Annual statistical returns and brief notes on vaccination in Bengal - 1896-1909
Year: 1896
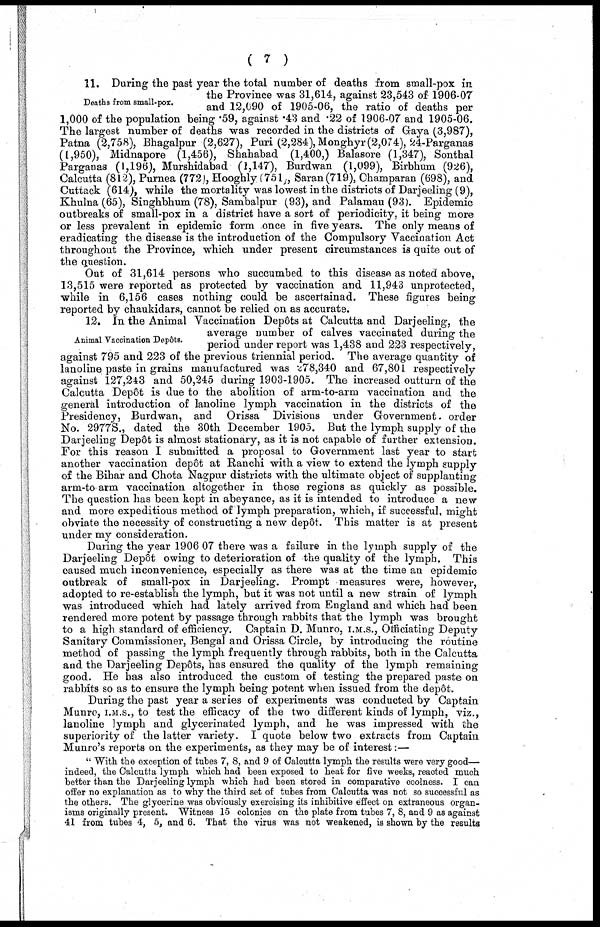
( 7 )
Deaths from small-pox.
11. During the past year the total number of deaths from small-pox in
the Province was 31,614, against 23,543 of 1906-07
and 12,090 of 1905-06, the ratio of deaths per
1,000 of the population being .59, against .43 and .22 of 1906-07 and 1905-06.
The largest number of deaths was recorded in the districts of Gaya (3,987),
Patna (2,758), Bhagalpur (2,627), Puri (2,284), Monghyr (2,074), 24-Parganas
(1,950), Midnapore (1,456), Shahabad (1,400,) Balasore (1,347), Sonthal
Parganas (1,196), Murshidabad (1,147), Burdwan (1,099), Birbhum (926),
Calcutta (812), Purnea (772), Hooghly (751), Saran(719), Champaran (698), and
Cuttack (614), while the mortality was lowest in the districts of Darjeeling (9),
Khulna (65), Singhbhum (78), Sambalpur (93), and Palamau (93). Epidemic
outbreaks of small-pox in a district have a sort of periodicity, it being more
or less prevalent in epidemic form once in five years. The only means of
eradicating the disease is the introduction of the Compulsory Vaccination Act
throughout the Province, which under present circumstances is quite out of
the question.
Out of 31,614 persons who succumbed to this disease as noted above,
13,515 were reported as protected by vaccination and 11,943 unprotected,
while in 6,156 cases nothing could be ascertainad. These figures being
reported by chaukidars, cannot be relied on as accurate.
Animal Vaccination Depôts.
12. In the Animal Vaccination Depôts at Calcutta and Darjeeling, the
average number of calves vaccinated during the
period under report was 1,438 and 223 respectively,
against 795 and 223 of the previous triennial period. The average quantity of
lanoline paste in grains manufactured was 278,340 and 67,801 respectively
against 127,243 and 50,245 during 1903-1905. The increased outturn of the
Calcutta Depôt is due to the abolition of arm-to-arm vaccination and the
general introduction of lanoline lymph vaccination in the districts of the
Presidency, Burdwan, and Orissa Divisions under Government. order
No. 2977S., dated the 30th December 1905. But the lymph supply of the
Darjeeling Depôt is almost stationary, as it is not capable of further extension.
For this reason I submitted a proposal to Government last year to start
another vaccination Depôt at Ranchi with a view to extend the lymph supply
of the Bihar and Chota Nagpur districts with the ultimate object of supplanting
arm-to arm vaccination altogether in those regions as quickly as possible.
The question has been kept in abeyance, as it is intended to introduce a new
and more expeditious method of lymph preparation, which, if successful, might
obviate the necessity of constructing a new depôt. This matter is at present
under my consideration.
During the year 1906 07 there was a failure in the lymph supply of the
Darjeeling Depôt owing to deterioration of the quality of the lymph. This
caused much inconvenience, especially as there was at the time an epidemic
outbreak of small-pox in Darjeeling. Prompt measures were, however,
adopted to re-establish the lymph, but it was not until a new strain of lymph
was introduced which had lately arrived from England and which had been
rendered more potent by passage through rabbits that the lymph was brought
to a high standard of efficiency. Captain D. Munro, I.M.S., Officiating Deputy
Sanitary Commissioner, Bengal and Orissa Circle, by introducing the routine
method of passing the lymph frequently through rabbits, both in the Calcutta
and the Darjeeling Depôts, has ensured the quality of the lymph remaining
good. He has also introduced the custom of testing the prepared paste on
rabbits so as to ensure the lymph being potent when issued from the depôt.
During the past year a series of experiments was conducted by Captain
Munro, I.M.S., to test the efficacy of the two different kinds of lymph, viz.,
lanoline lymph and glycerinated lymph, and he was impressed with the
superiority of the latter variety. I quote below two extracts from Captain
Munro's reports on the experiments, as they may be of interest:—
" With the exception of tubes 7, 8, and 9 of Calcutta lymph the results were very good—
indeed, the Calcutta lymph which had been exposed to heat for five weeks, reacted much
better than the Darjeeling lymph which had been stored in comparative coolness. I can
offer no explanation as to why the third set of tubes from Calcutta was not so successful as
the others. The glycerine was obviously exercising its inhibitive effect on extraneous organ-
isms originally present. Witness 15 colonies on the plate from tubes 7, 8, and 9 as against
41 from tubes 4, 5, and 6. That the virus was not weakened, is shown by the results